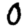
Digit: 0